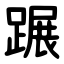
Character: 蹍